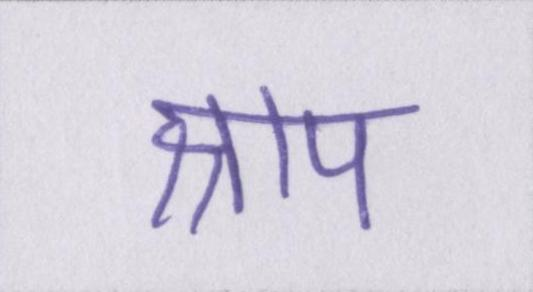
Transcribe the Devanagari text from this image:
श्राप